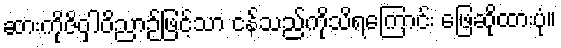
ဆားကိုဇိဝှါဝိညာဉ်ဖြင့်သာ ငန်သည်ကိုသိရကြောင်း ဖြေဆိုထားပုံ။